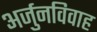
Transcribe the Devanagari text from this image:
अर्जुनविवाह